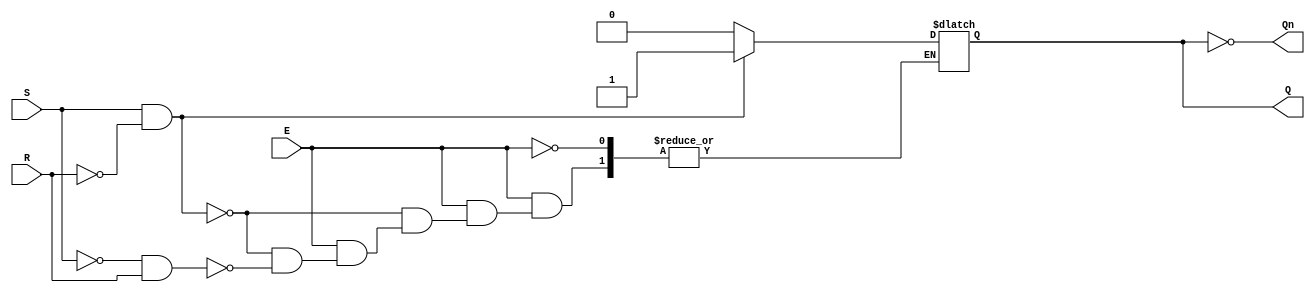
module gated_sr_latch (
    input wire S,      // Set input
    input wire R,      // Reset input
    input wire E,      // Enable input
    output reg Q,      // Output Q
    output wire Qn     // Complementary output Q'
);

    assign Qn = ~Q;    // Q' is the complement of Q

    always @(*) begin
        if (E) begin // Check if the latch is enabled
            if (S && ~R) begin
                Q = 1; // Set state
            end else if (~S && R) begin
                Q = 0; // Reset state
            end // if both S and R are 0, retain previous state (Memory state)
            // If both S and R are high (S && R), handle undefined state if necessary
        end
        // If E is low, Q retains its previous state because it is a reg type.
    end

endmodule